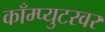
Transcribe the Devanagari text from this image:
काँम्प्युटरवर